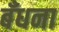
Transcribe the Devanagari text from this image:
बँधना